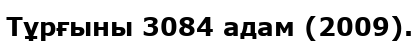
Тұрғыны 3084 адам (2009).